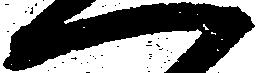
一